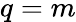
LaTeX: q=m